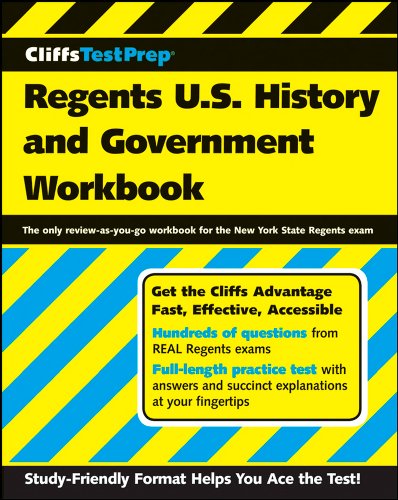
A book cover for CliffsTestPrep Regents U.S. History and Government Workbook; American BookWorks Corporation; Test Preparation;